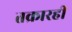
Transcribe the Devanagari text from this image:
तक्रारही